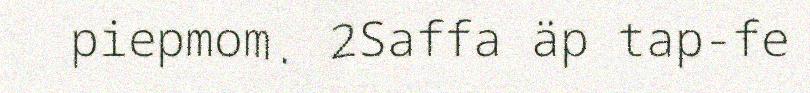
piepmom. 2Saffa äp tap-fe